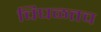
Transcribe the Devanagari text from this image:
चिघळतच